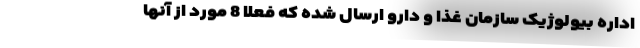
اداره بیولوژیک سازمان غذا و دارو ارسال شده که فعلا 8 مورد از آنها